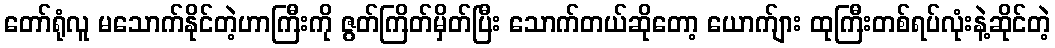
တော်ရုံလူ မသောက်နိုင်တဲ့ဟာကြီးကို ဇွတ်ကြိတ်မှိတ်ပြီး သောက်တယ်ဆိုတော့ ယောက်ျား ထုကြီးတစ်ရပ်လုံးနဲ့ဆိုင်တဲ့